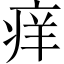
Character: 痒